Civil Veterinary Dept. North-West Frontier Province 1933-46 - 1933-1946
Year: 1933
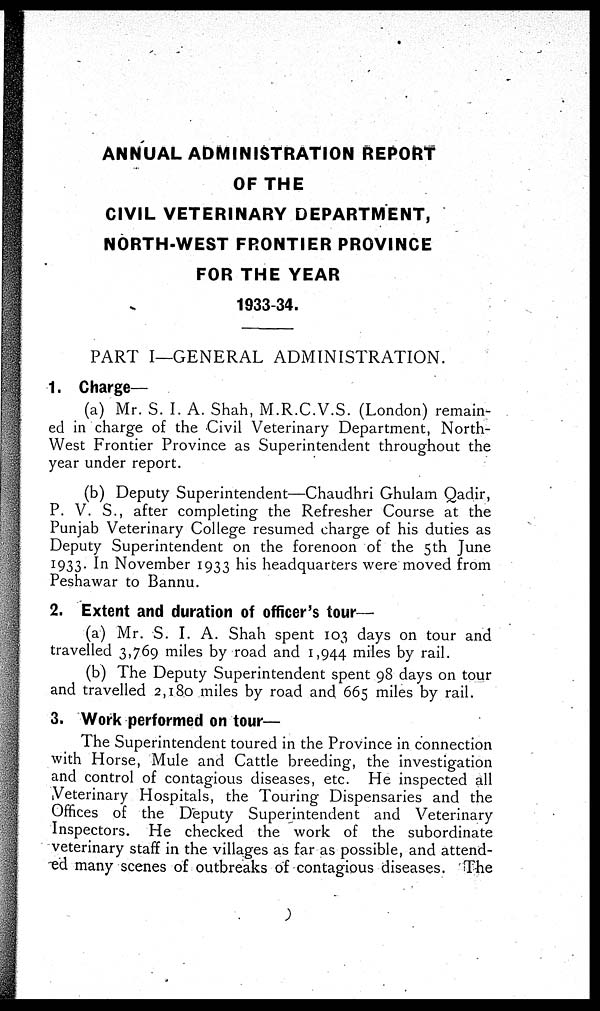
ANNUAL ADMINISTRATION REPORT
OF THE
CIVIL VETERINARY DEPARTMENT,
NORTH-WEST FRONTIER PROVINCE
FOR THE YEAR
1933-34.
PART I—GENERAL ADMINISTRATION.
1. Charge—
(a) Mr. S. I. A. Shah, M.R.C.V.S. (London) remain-
ed in charge of the Civil Veterinary Department, North-
West Frontier Province as Superintendent throughout the
year under report.
(b) Deputy Superintendent—Chaudhri Ghulam Qadir,
P. V. S., after completing the Refresher Course at the
Punjab Veterinary College resumed charge of his duties as
Deputy Superintendent on the forenoon of the 5th June
1933. In November 1933 his headquarters were moved from
Peshawar to Bannu.
2. Extent and duration of officer's tour—
(a) Mr. S. I. A. Shah spent 103 days on tour and
travelled 3,769 miles by road and 1,944 miles by rail.
(b) The Deputy Superintendent spent 98 days on tour
and travelled 2,180 miles by road and 665 miles by rail.
3. Work performed on tour—
The Superintendent toured in the Province in connection
with Horse, Mule and Cattle breeding, the investigation
and control of contagious diseases, etc. He inspected all
Veterinary Hospitals, the Touring Dispensaries and the
Offices of the Deputy Superintendent and Veterinary
Inspectors. He checked the work of the subordinate
veterinary staff in the villages as far as possible, and attend-
ed many scenes of outbreaks of contagious diseases. The